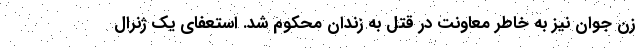
زن جوان نیز به خاطر معاونت در قتل به زندان محکوم شد. استعفای یک ژنرال